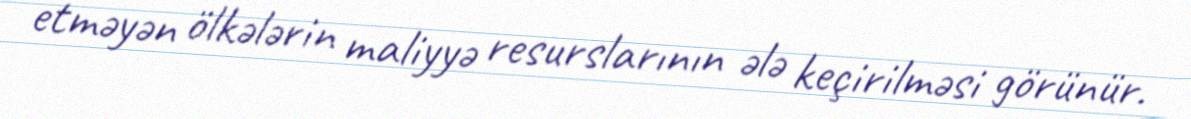
etməyən ölkələrin maliyyə resurslarının ələ keçirilməsi görünür.